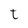
Character: t